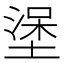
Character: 𰊖